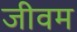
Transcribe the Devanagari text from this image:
जीवम